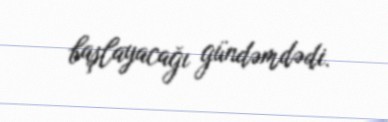
başlayacağı gündəmdədi.